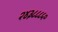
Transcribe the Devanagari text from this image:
२४३८८८५०